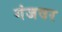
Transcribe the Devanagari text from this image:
गंजवर